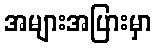
အများအပြားမှာ